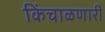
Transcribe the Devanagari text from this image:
किंचाळणारी